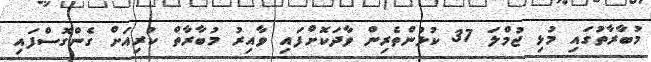
މުބާރާތުގައި މުޅި ޖުމްލަ 37 ކުޅުންތެރިން ވާދަކޮށްފައި ވާއިރު މުބާރާތް ކުރިއަށް ގެންގޮސްފައި